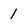
Character: 1